Insane asylums in Bengal annual reports 1876-1887 - 1876-1887
Year: 1876
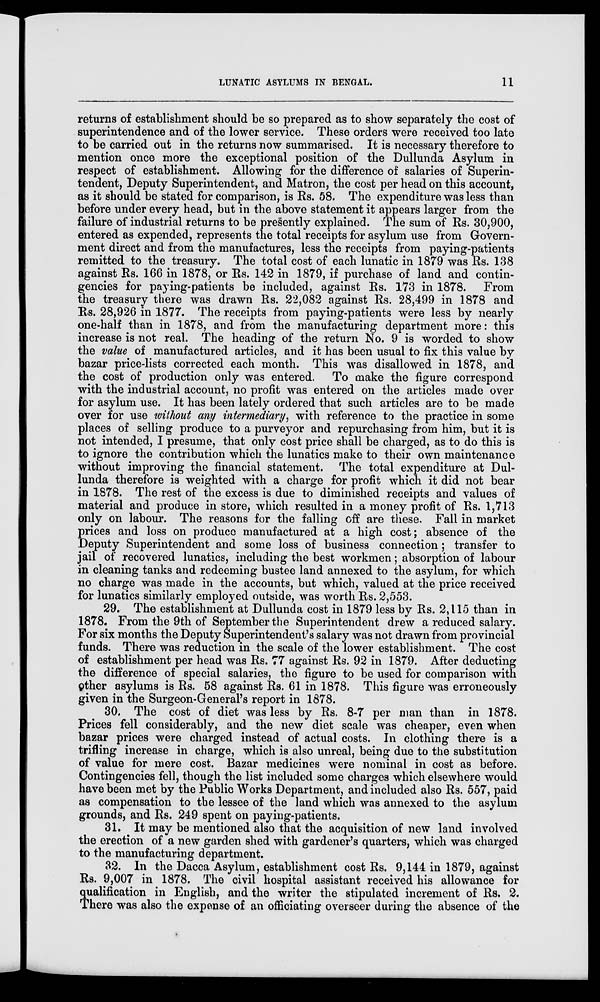
LUNATIC ASYLUMS IN BENGAL.
11
returns of establishment should be so prepared as to show separately the cost of
superintendence and of the lower service. These orders were received too late
to be carried out in the returns now summarised. It is necessary therefore to
mention once more the exceptional position of the Dullunda Asylum in
respect of establishment. Allowing for the difference of salaries of Superin-
tendent, Deputy Superintendent, and Matron, the cost per head on this account,
as it should be stated for comparison, is Rs. 58. The expenditure was less than
before under every head, but in the above statement it appears larger from the
failure of industrial returns to be presently explained. The sum of Rs. 30,900,
entered as expended, represents the total receipts for asylum use from Govern-
ment direct and from the manufactures, less the receipts from paying-patients
remitted to the treasury. The total cost of each lunatic in 1879 was Rs. 138
against Rs. 166 in 1878, or Rs. 142 in 1879, if purchase of land and contin-
gencies for paying-patients be included, against Rs. 173 in 1878. From
the treasury there was drawn Rs. 22,082 against Rs. 28,499 in 1878 and
Rs. 28,926 in 1877. The receipts from paying-patients were less by nearly
one-half than in 1878, and from the manufacturing department more: this
increase is not real. The heading of the return No. 9 is worded to show
the value of manufactured articles, and it has been usual to fix this value by
bazar price-lists corrected each month. This was disallowed in 1878, and
the cost of production only was entered. To make the figure correspond
with the industrial account, no profit was entered on the articles made over
for asylum use. It has been lately ordered that such articles are to be made
over for use without any intermediary, with reference to the practice in some
places of selling produce to a purveyor and repurchasing from him, but it is
not intended, I presume, that only cost price shall be charged, as to do this is
to ignore the contribution which the lunatics make to their own maintenance
without improving the financial statement. The total expenditure at Dul-
lunda therefore is weighted with a charge for profit which it did not bear
in 1878. The rest of the excess is due to diminished receipts and values of
material and produce in store, which resulted in a money profit of Rs. 1,713
only on labour. The reasons for the falling off are these. Fall in market
prices and loss on produce manufactured at a high cost; absence of the
Deputy Superintendent and some loss of business connection; transfer to
jail of recovered lunatics, including the best workmen; absorption of labour
in cleaning tanks and redeeming bustee land annexed to the asylum, for which
no charge was made in the accounts, but which, valued at the price received
for lunatics similarly employed outside, was worth Rs. 2,553.
29. The establishment at Dullunda cost in 1879 less by Rs. 2,115 than in
1878. From the 9th of September the Superintendent drew a reduced salary.
For six months the Deputy Superintendent's salary was not drawn from provincial
funds. There was reduction in the scale of the lower establishment. The cost
of establishment per head was Rs. 77 against Rs. 92 in 1879. After deducting
the difference of special salaries, the figure to be used for comparison with
other asylums is Rs. 58 against Rs. 61 in 1878. This figure was erroneously
given in the Surgeon-General's report in 1878.
30. The cost of diet was less by Rs. 8-7 per man than in 1878.
Prices fell considerably, and the new diet scale was cheaper, even when
bazar prices were charged instead of actual costs. In clothing there is a
trifling increase in charge, which is also unreal, being due to the substitution
of value for mere cost. Bazar medicines were nominal in cost as before.
Contingencies fell, though the list included some charges which elsewhere would
have been met by the Public Works Department, and included also Rs. 557, paid
as compensation to the lessee of the land which was annexed to the asylum
grounds, and Rs. 249 spent on paying-patients.
31. It may be mentioned also that the acquisition of new land involved
the erection of a new garden shed with gardener's quarters, which was charged
to the manufacturing department.
32. In the Dacca Asylum, establishment cost Rs. 9,144 in 1879, against
Rs. 9,007 in 1878. The civil hospital assistant received his allowance for
qualification in English, and the writer the stipulated increment of Rs. 2.
There was also the expense of an officiating overseer during the absence of the